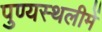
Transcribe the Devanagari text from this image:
पुण्‍यस्‍थलीमें